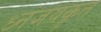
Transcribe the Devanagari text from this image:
ध्नंजयकृत